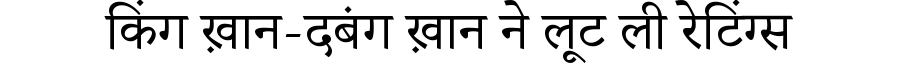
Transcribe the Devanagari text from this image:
किंग ख़ान-दबंग ख़ान ने लूट ली रेटिंग्स